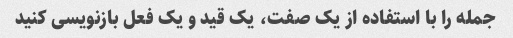
جمله را با استفاده از یک صفت، یک قید و یک فعل بازنویسی کنید